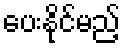
ပေးနိုင်မည့်